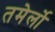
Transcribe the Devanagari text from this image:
तमेर्लो